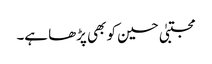
مجتبیٰ حسین کو بھی پڑھا ہے۔